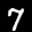
Label: 7